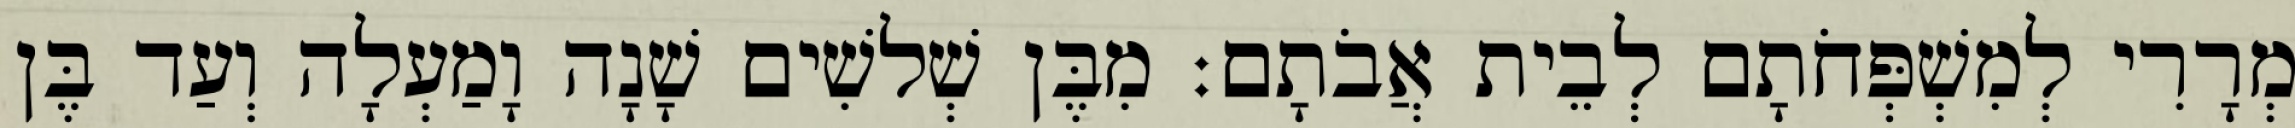
מְרָרִי לְמִשְׁפְּחֹתָם לְבֵית אֲבֹתָם׃ מִבֶּן שְׁלשִׁים שָׁנָה וָמַעְלָה וְעַד בֶּן